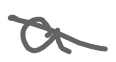
Text: a
Cross-out: diagonal
Writing tool: digital_gray